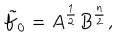
\tilde { f } _ { 0 } = A ^ { \frac { 1 } { 2 } } B ^ { \frac { n } { 2 } } ,